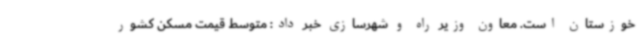
خوزستان است. معاون وزیر راه و شهرسازی خبر داد: متوسط قیمت مسکن کشور